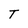
Character: T